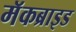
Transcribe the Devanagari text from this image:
मॅकब्राइड